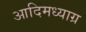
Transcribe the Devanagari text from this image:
आदिमध्याग्र